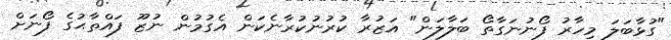
"ގުޅާބަލަ މިހާރު ފޯނުނަގާތޯ ބަލާލަން" އަޒުރާ ކުރުނުކުރާނެކަން އެގުމުން ނުޒޫ ފައްތާޙުގެ ފޯނަށް